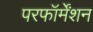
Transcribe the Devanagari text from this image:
परफॉर्मेंशन